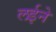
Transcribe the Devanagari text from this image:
लईने